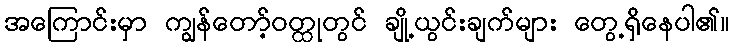
အကြောင်းမှာ ကျွန်တော့်ဝတ္ထုတွင် ချို့ယွင်းချက်များ တွေ့ရှိနေပါ၏။